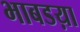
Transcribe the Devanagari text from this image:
भाबडय़ा